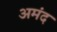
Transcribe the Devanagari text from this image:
अमंद